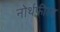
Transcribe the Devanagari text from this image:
नोर्थफील्ड